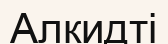
Алкидті